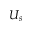
U _ { s }